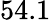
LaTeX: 54.1